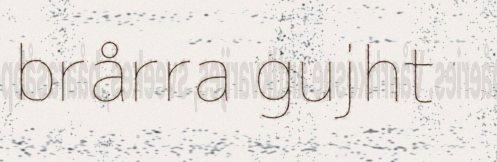
brårra gujht